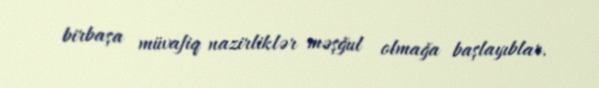
birbaşa müvafiq nazirliklər məşğul olmağa başlayıblar.